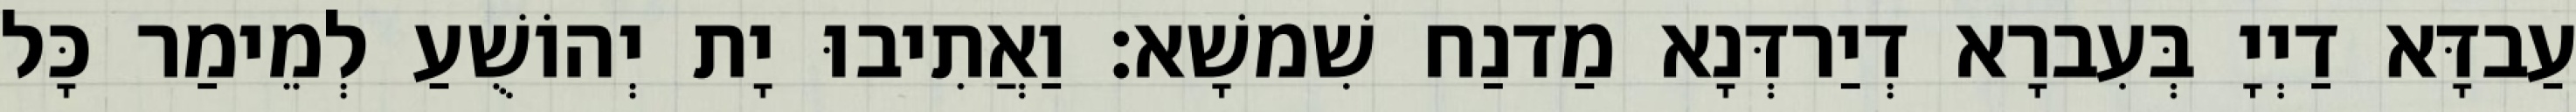
עַבדָּא דַיְיָ בְּעִברָא דְיַרדְּנָא מַדנַח שִׁמשָׁא׃ וַאֲתִיבוּ יָת יְהוֹשֻׁעַ לְמֵימַר כָּל